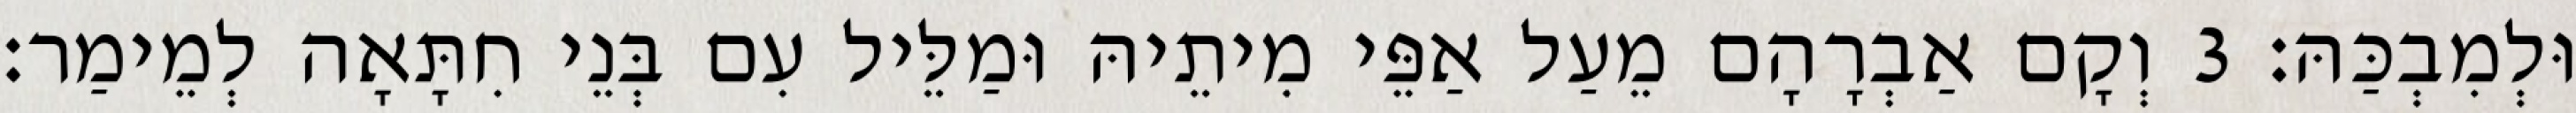
וּלְמִבְכַּהּ׃ 3 וְקָם אַבְרָהָם מֵעַל אַפֵּי מִיתֵיהּ וּמַלֵּיל עִם בְּנֵי חִתָּאָה לְמֵימַר׃